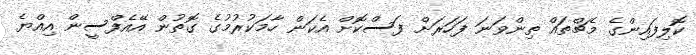
ކޮލިފައިންގެ މެޗްތައް ތިންވަނަ ފަހަރަށް ފަސްކޮށް އެކަން ހާމަކުރުމުގެ ގޮތުން އޭއެފްސީން އިއްޔެ